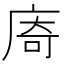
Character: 㢊